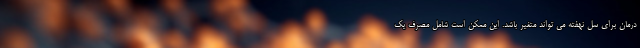
درمان برای سل نهفته می تواند متغیر باشد. این ممکن است شامل مصرف یک